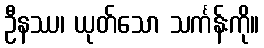
ဦနဿ၊ ယုတ်သော သင်္ကန်းကို။